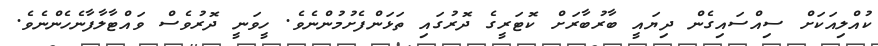
ކުއްލިއަކަށް ސިއްސައިގެން ދިޔައީ ބާރުބާރަށް ކޮޓަރީގެ ދޮރުގައި ތަޅަންފެށުމުންނެވެ. ހީވަނީ ދޮރުވެސް ވައްޓާލާފާނެހެންނެވެ.